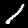
Label: 1